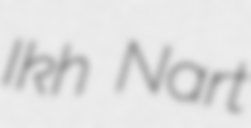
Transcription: Ikh Nart